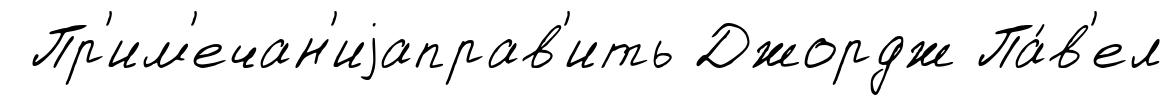
Пр'им'ечан'иjаправ'ить Джордж Па́в'ел